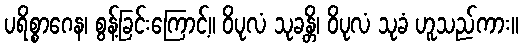
ပရိစ္စာဂေန၊ စွန့်ခြင်းကြောင့်။ ဝိပုလံ သုခန္တိ၊ ဝိပုလံ သုခံ ဟူသည်ကား။